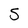
Character: 5